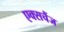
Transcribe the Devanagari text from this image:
एक्सचैंज